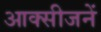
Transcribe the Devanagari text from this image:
आक्सीजनें